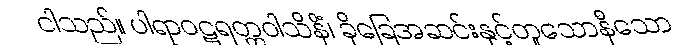
ငါသည်။ ပါရာဝဋရတ္တဝါသိနိံ၊ ခိုခြေအဆင်းနှင့်တူသောနီသော